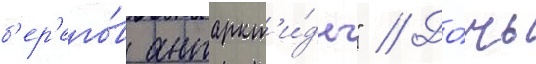
б'ер'его́в антаркт'и́ды" // До́чь